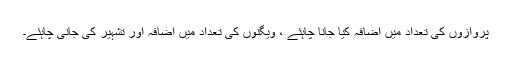
پروازوں کی تعداد میں اضافہ کیا جانا چاہئے ، ویگنوں کی تعداد میں اضافہ اور تشہیر کی جانی چاہئے۔